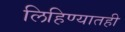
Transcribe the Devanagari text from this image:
लिहिण्यातही